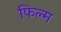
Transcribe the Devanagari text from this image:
फिल्‍म्‍ा